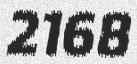
2168